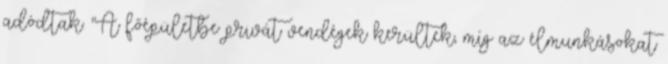
adódtak. "A főépületbe privát vendégek kerültek, míg az élmunkásokat